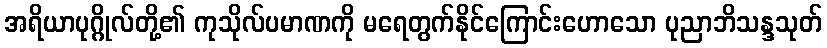
အရိယာပုဂ္ဂိုလ်တို့၏ ကုသိုလ်ပမာဏကို မရေတွက်နိုင်ကြောင်းဟောသော ပုညာဘိသန္ဒသုတ်